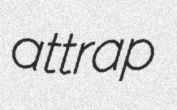
attrap